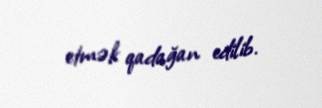
etmək qadağan edilib.